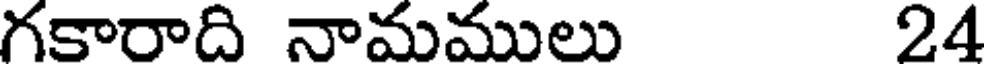
గకారాది నామములు 24